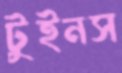
টুইনস